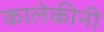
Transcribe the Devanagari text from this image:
कालेकीनी